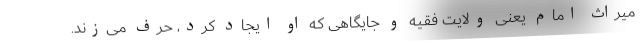
میراث امام یعنی ولایت فقیه و جایگاهی که او ایجاد کرد، حرف می‌زند.